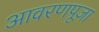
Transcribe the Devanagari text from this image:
आवरणपूजा